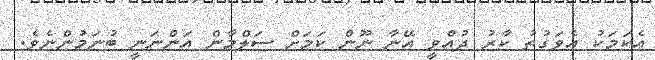
އެކަމަކު އެވަގުތު ކާރު ދުއްވީ އޭނާ ނޫން ކަމަށް ސަލްމާން އަންނަނީ ބުނަމުންނެވެ.